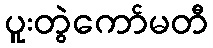
ပူးတွဲကော်မတီ